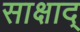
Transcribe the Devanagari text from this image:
साक्षाद्